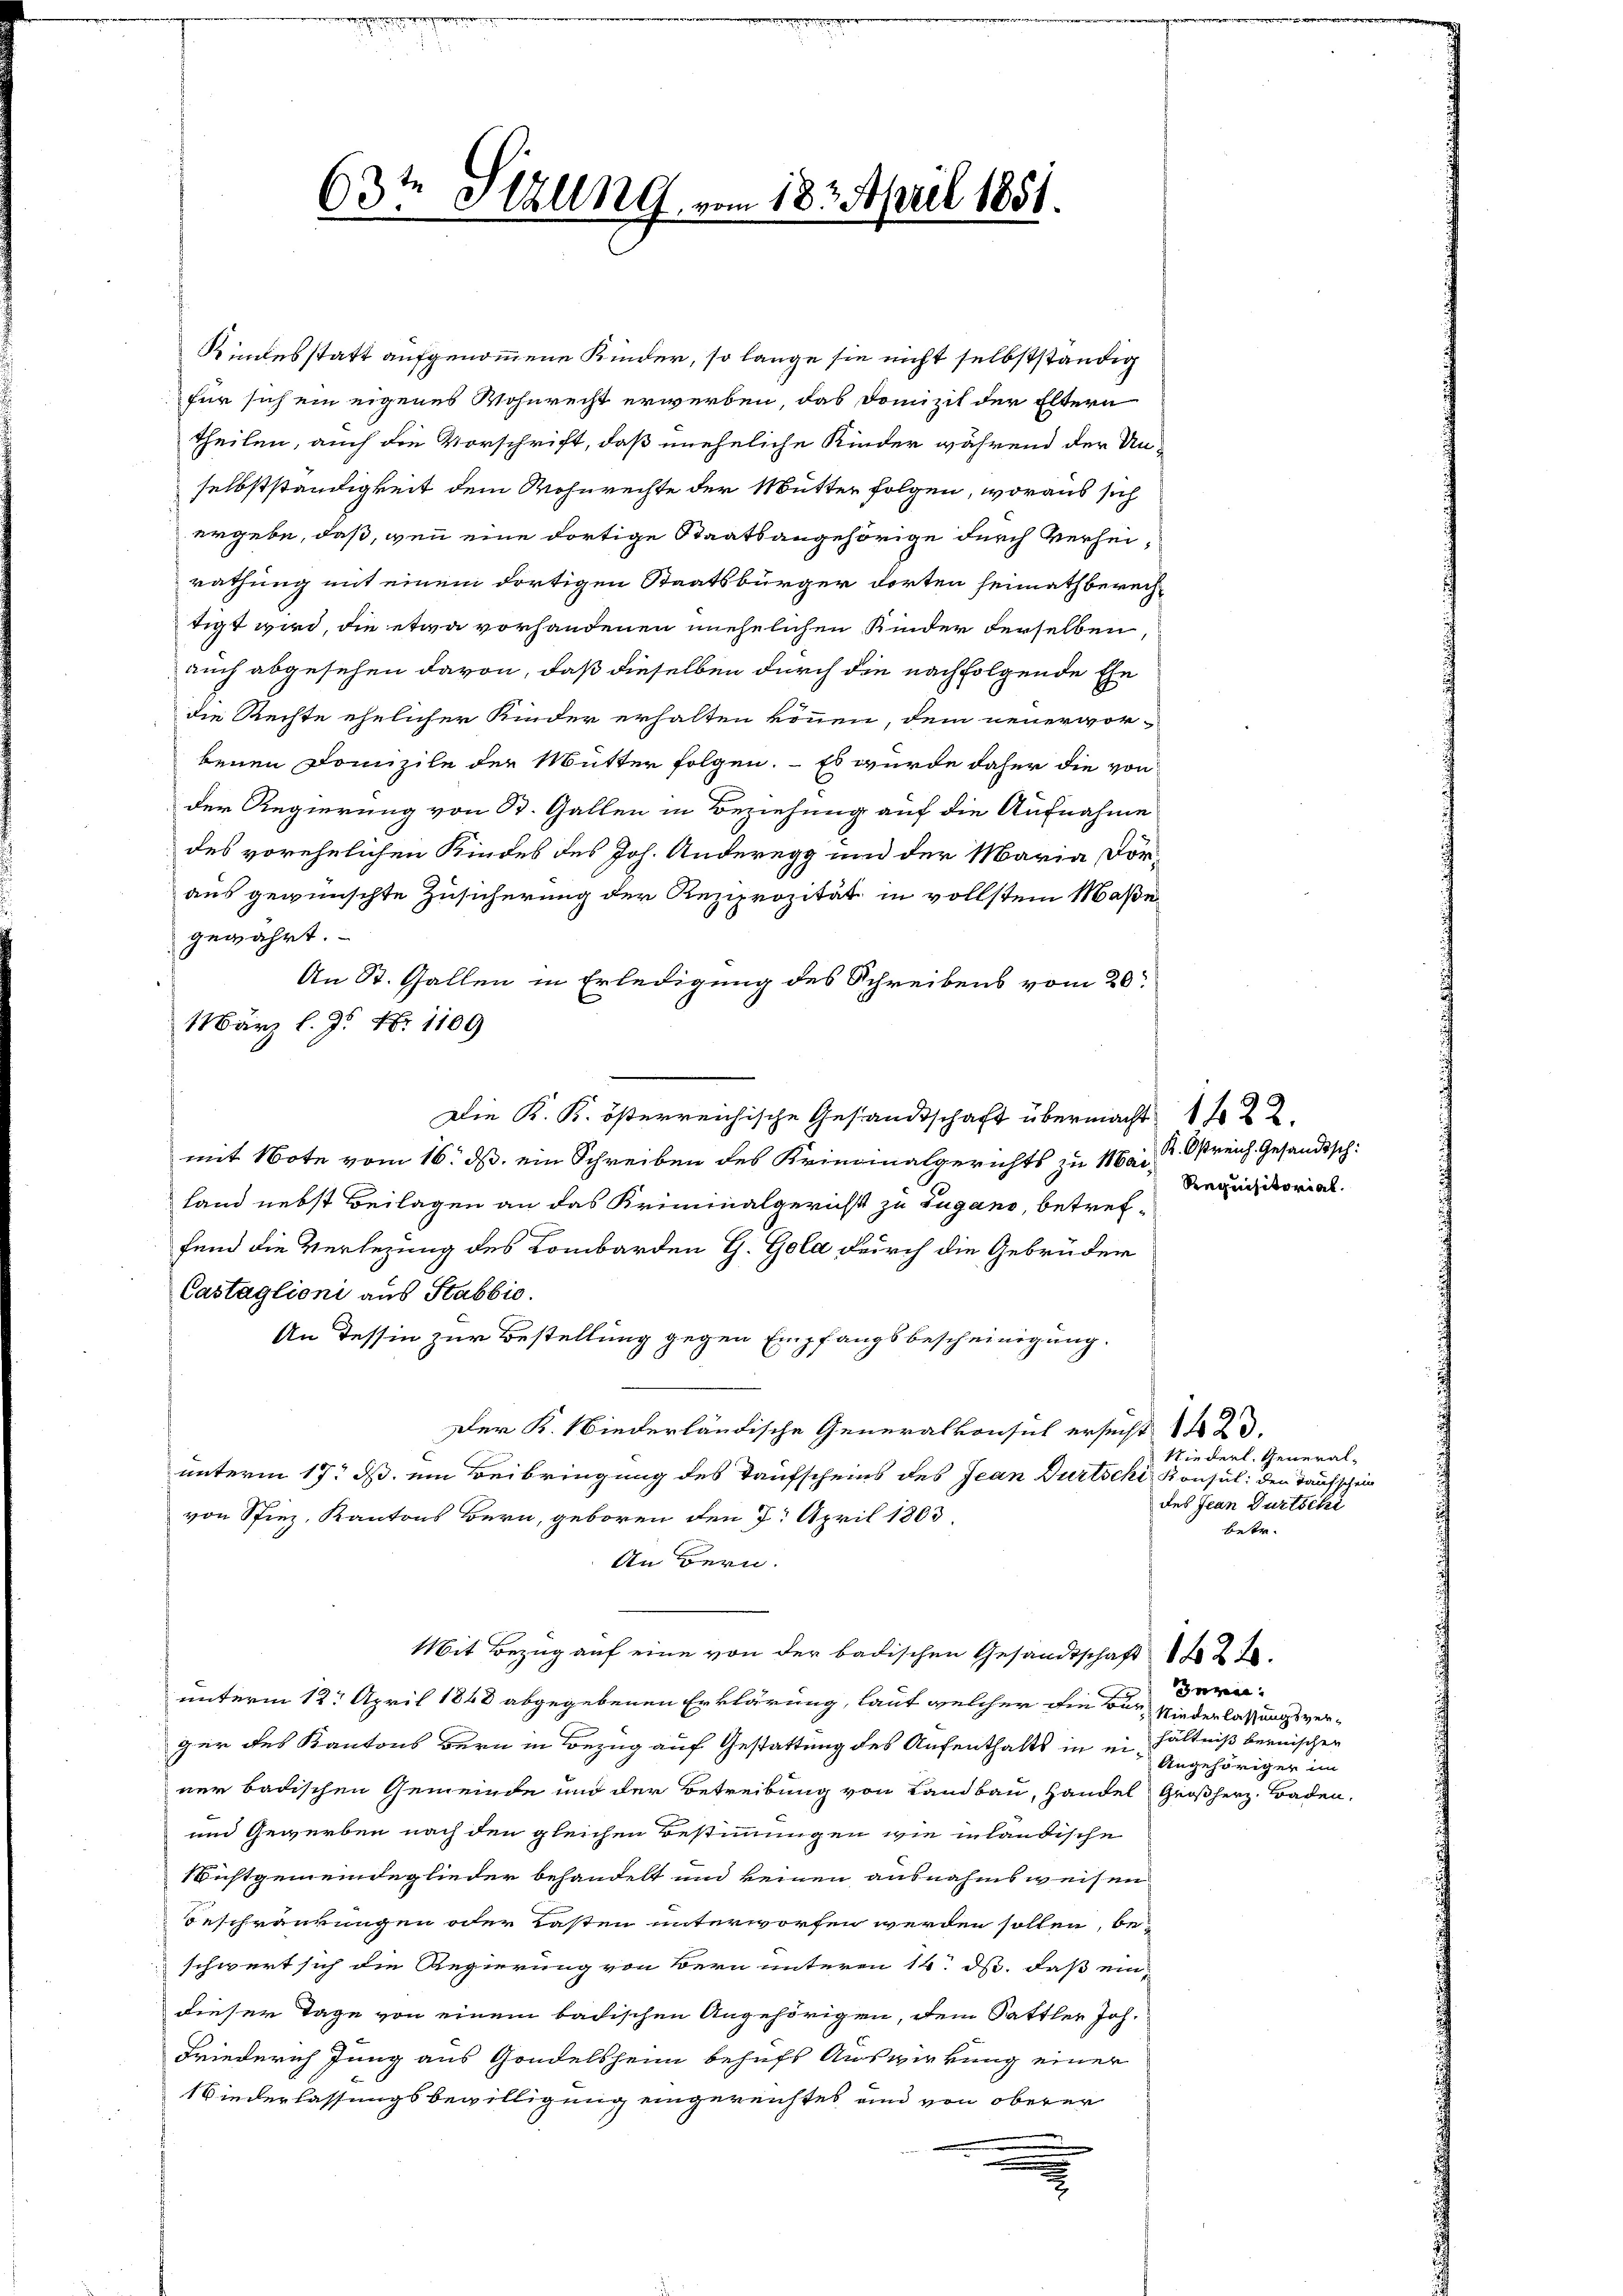
63te Ställig, vom 183. April 1851.

Kindesstatt aufgenommene Kinder, so lange sie nicht selbstständig
für sich ein eigenes Wohnrecht erwerben, das Domizil der Eltern
theilen, auch die Vorschrift, daß uneheliche Kinder während der Unselbstständigkeit dem Wohnrechte der Mutter folgen, woraus sich
ergebe, daß, wenn eine dortige Staatsangehörige durch Verheirathung mit einem dortigen Staatsbürger dorten heimathberechtigt wird, die etwa vorhandenen unehelichen Kinder derselben,
auch abgesehen davon, daß dieselben durch die nachfolgende Ehe
die Rechte ehelicher Kinder erhalten können, dem neuervor-
benen Domizile der Mutter folgen. – Es wurde daher die von
der Regierung von St. Gallen in Beziehung auf die Aufnahme
des vorehelichen Kindes des Joh. Anderegg und der Maria Döraus gewünschte Zusicherung der Reziprozität in vollstem Maße
gewährt.
An St. Gallen in Erledigung des Schreibens vom 20.
März l. J. N. 1109
K. K. Gesandtschaft übermacht 22
mit Note vom 16. ds. ein Schreiben des Kriminalgerichts zu Man reich Gesandtsch:
land nebst Beilagen an das Kriminalgericht zu Lugano, betref-
fend die Verlegung des Lombarden G. Gola durch die Gebrüder
Castaglioni aus Stabbio.
An dessin zur Bestellung gegen Empfangsbescheinigung.
Der K. Niederländische Generalkonsul ersucht 1 423.
unterm 17. d. ein Beibringung des Kaufscheins des Jean Dürtschi Konsul den Taufschein
von Spiez, Kantons Bern, geboren den 7. April 1803.
An Bern.
Mit Bezug auf eine von der badischen Gesandtschaft 22.
unterm 12. April 1848 abgegebenen Erklärung, laut welcher die Bur
ger des Kantons Bern in Bezug auf Gestattung des Aufenthalts in ein hältniß bernischen
ner badischen Gemeinde und der Betreibung von Landbau, Handel Großherz. Baden.
und Gewerben nach den gleichen Bestimmungen wie inländische
Nichtgemeindeglieder behandelt und keinen ausnahmsweisen
Beschreurungen oder Tasten unterworfen werden sollen, beschwert sich die Regierung von Bern unteren 14. ds. daß eindieser Tage von einem badischen Angehörigen, dem Sattler Joh.
Friederich Jung aus Gondelsheim behufs Auswirkung einer
Niederlassungsbewilligung eingereichtes und von oberer
.

Seequisitorial.

Niederl. General-
des Jean Dürtschi
betr.

Grzeg
Niederlassungsver-
Angehöriger im